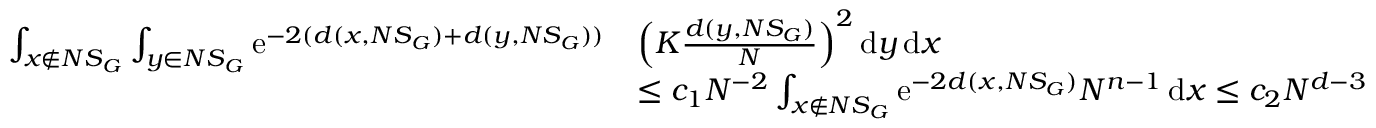
\begin{array} { r l } { \int _ { x \notin N S _ { G } } \int _ { y \in N S _ { G } } \mathrm { e } ^ { - 2 ( d ( x , N S _ { G } ) + d ( y , N S _ { G } ) ) } } & { \Big ( K \frac { d ( y , N S _ { G } ) } { N } \Big ) ^ { 2 } \, \mathrm { d } y \, \mathrm { d } x } \\ & { \leq c _ { 1 } N ^ { - 2 } \int _ { x \notin N S _ { G } } \mathrm { e } ^ { - 2 d ( x , N S _ { G } ) } N ^ { n - 1 } \, \mathrm { d } x \leq c _ { 2 } N ^ { d - 3 } } \end{array}